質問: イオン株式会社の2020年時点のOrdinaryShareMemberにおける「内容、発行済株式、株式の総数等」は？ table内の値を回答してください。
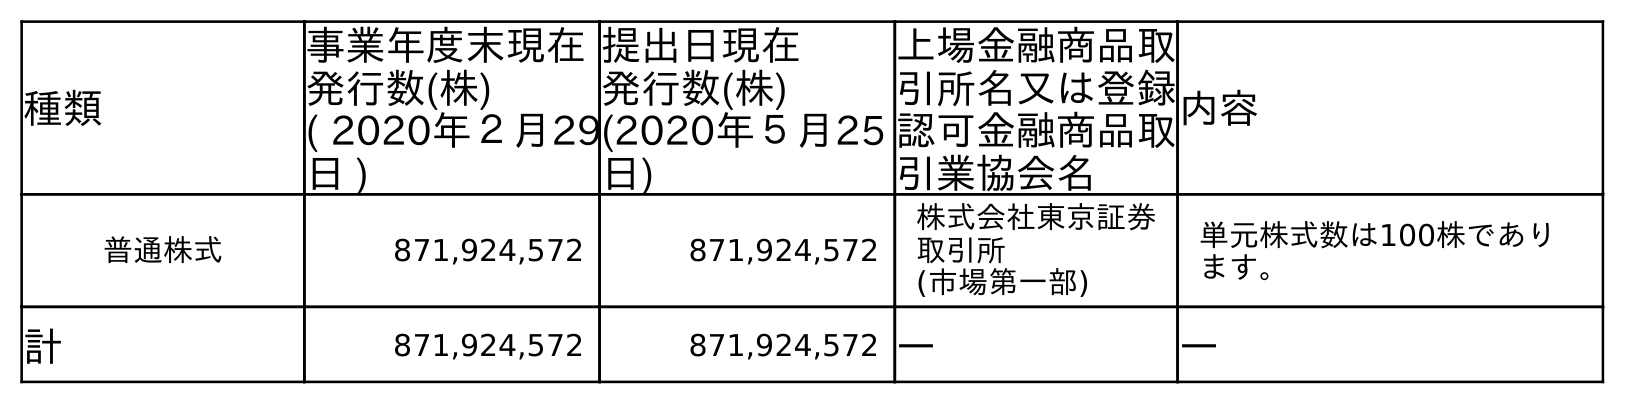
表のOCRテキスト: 種類 事業年度末現在 発行数(株) ( 2020年２月29 日 ) 提出日現在 発行数(株) (2020年５月25 日) 上場金融商品取 引所名又は登録 認可金融商品取 引業協会名 内容 普通株式 871,924,572 871,924,572 株式会社東京証券 取引所 (市場第一部) 単元株式数は100株であり ます。 計 871,924,572 871,924,572 ― ―
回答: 単元株式数は100株であります。